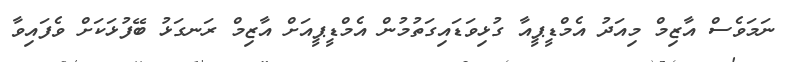
ނަމަވެސް އާޒިމް މިއަދު އެމްޑީޕީއާ ގުޅިވަޑައިގަތުމުން އެމްޑީޕީއަށް އާޒިމް ރަނގަޅު ބޭފުޅަކަށް ވެފައިވާ